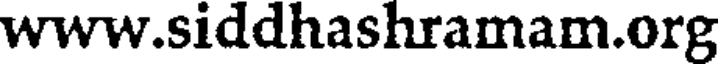
www.siddhashramam.org